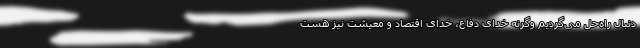
دنبال راه‌حل می‌گردیم وگرنه خدای دفاع، خدای اقتصاد و معیشت نیز هست